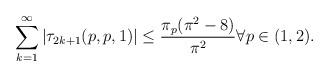
LaTeX: \begin{align*} \sum_{k=1}^\infty|\tau_{2k+1}(p,p,1)| \leq \frac{\pi_p(\pi^2-8)}{\pi^2} \forall p\in(1,2).\end{align*}